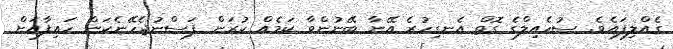
ގެއްލިފައެވެ. ސުހެއިލްގެ ގޮތް އެނގިހުރެ އޭނާ ބޭނުންވާ ކަމެއް ކުރަން ފަސްނުޖެހޭނެކަން ހައިފާއަށް